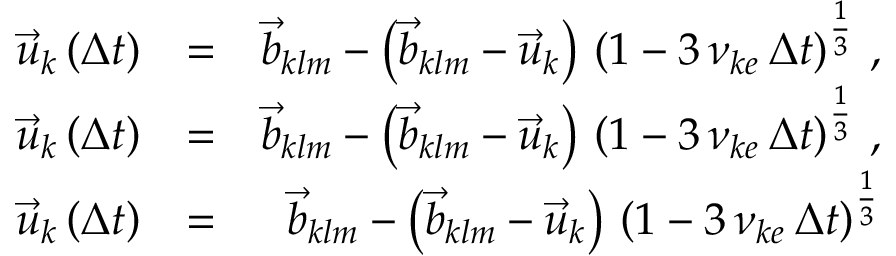
\begin{array} { r l r } { \vec { u } _ { k } \left( \Delta t \right) } & { = } & { \vec { b } _ { k l m } - \left( \vec { b } _ { k l m } - \vec { u } _ { k } \right) \, \left( 1 - 3 \, \nu _ { k e } \, \Delta t \right) ^ { \frac { 1 } { 3 } } \, , } \\ { \vec { u } _ { k } \left( \Delta t \right) } & { = } & { \vec { b } _ { k l m } - \left( \vec { b } _ { k l m } - \vec { u } _ { k } \right) \, \left( 1 - 3 \, \nu _ { k e } \, \Delta t \right) ^ { \frac { 1 } { 3 } } \, , } \\ { \vec { u } _ { k } \left( \Delta t \right) } & { = } & { \vec { b } _ { k l m } - \left( \vec { b } _ { k l m } - \vec { u } _ { k } \right) \, \left( 1 - 3 \, \nu _ { k e } \, \Delta t \right) ^ { \frac { 1 } { 3 } } } \end{array}